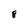
Character: 8